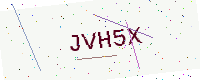
Text: JVH5X